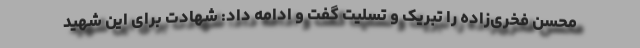
محسن فخری‌زاده را تبریک و تسلیت گفت و ادامه داد: شهادت برای این شهید